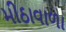
મીઠાવાળા